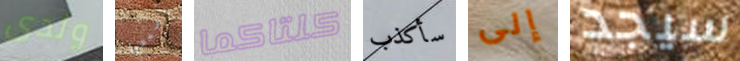
ولدى إسمعوا كلتاكما سأكذب إلى سيجد